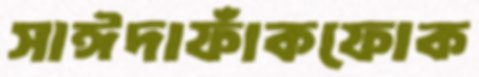
সাঈদাফাঁকফোক